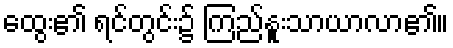
ထွေး၏ ရင်တွင်း၌ ကြည်နူးသာယာလာ၏။